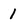
Character: 1